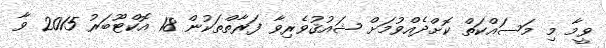
ވީމާ މި މަސައްކަތް ކޮށްދެއްވުމަށް ޝައުޤުވެރިވާ ފަރާތްތަކުން 18 އޮކްޓޫބަރު 2015 ވާ